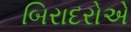
બિરાદરોએ